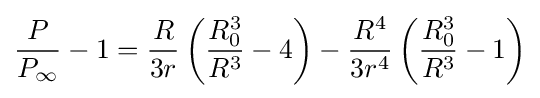
{\frac {P}{P_{\infty }}}-1={\frac {R}{3r}}\left({\frac {R_{0}^{3}}{R^{3}}}-4\right)-{\frac {R^{4}}{3r^{4}}}\left({\frac {R_{0}^{3}}{R^{3}}}-1\right)